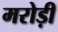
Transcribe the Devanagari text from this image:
मरोड़ी